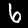
Digit: 6